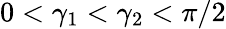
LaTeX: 0<\gamma_{1}<\gamma_{2}<\pi/2